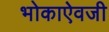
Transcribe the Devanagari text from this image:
भोकाऐवजी